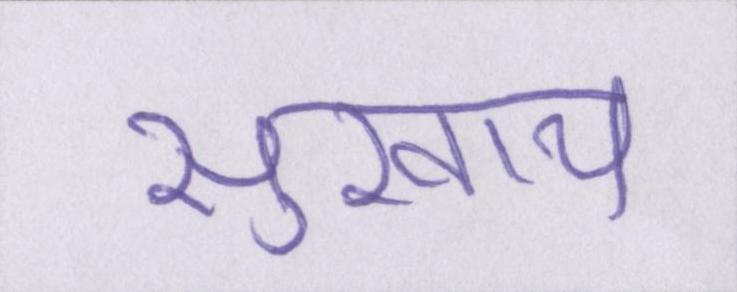
सुखाय